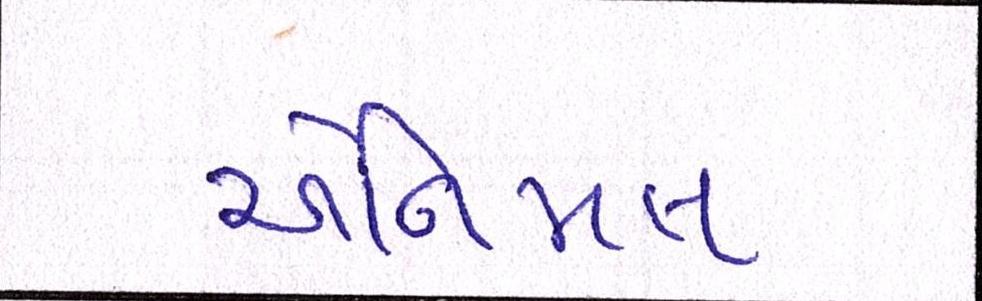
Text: એનિમલ